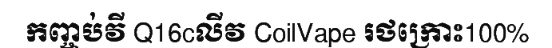
កញ្ចប់វី Q16cលីវ CoilVape រថក្រោះ100%